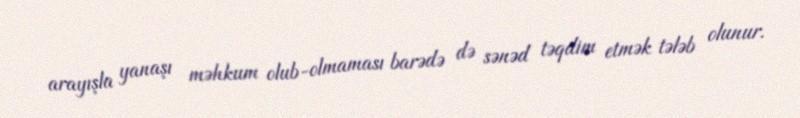
arayışla yanaşı məhkum olub-olmaması barədə də sənəd təqdim etmək tələb olunur.